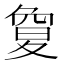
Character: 𡕱